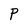
Character: P